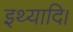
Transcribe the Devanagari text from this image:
इथ्यादि।